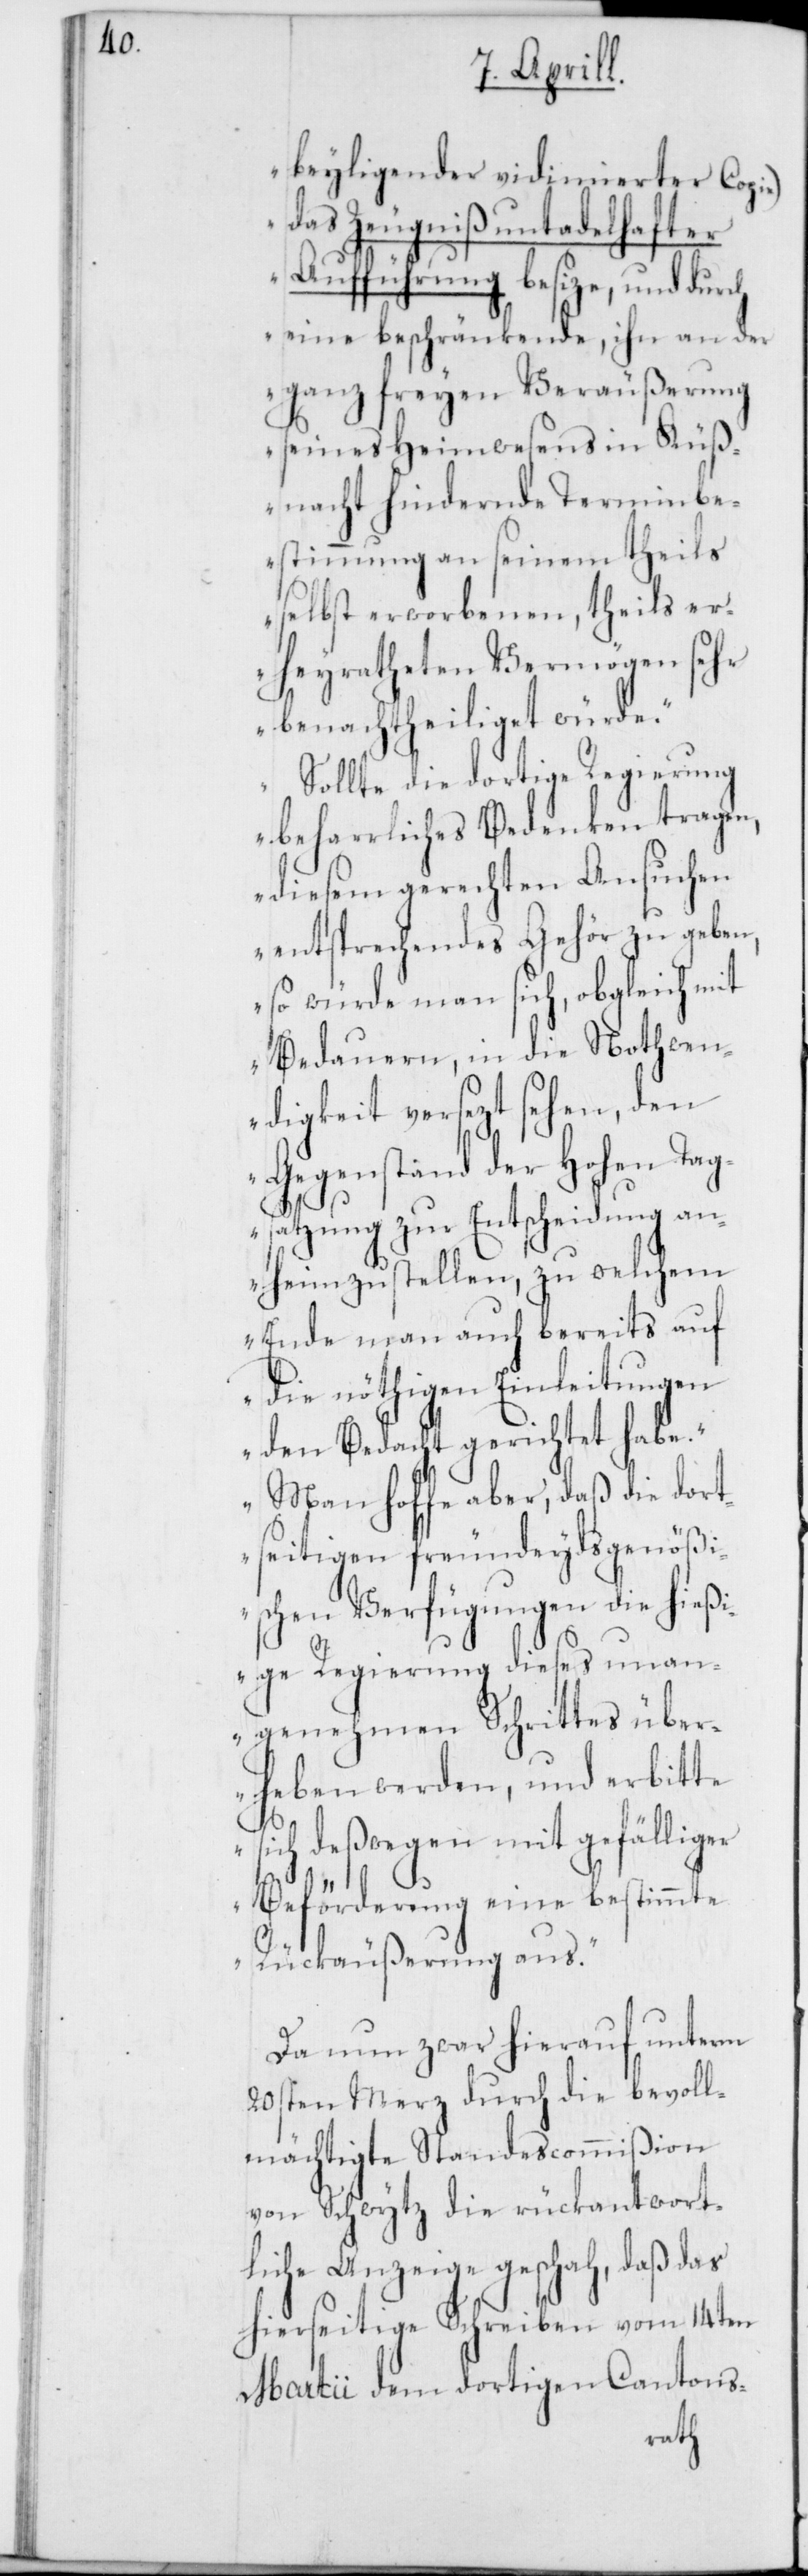
beyliegender vidimierter Copie)
das Zeugniß untadelhafter
Aufführung besize, und durch
eine beschränkende, ihn an der
ganz freyen Veräußerung
seines Heymwesens in Küß¬
nacht hindernde Terminbe¬
stimmung an seinem theils
selbst erworbenen, theils er¬
heyratheten Vermögen sehr
benachtheiliget würde.“
„Sollte die dortige Regierung
beharrliches Bedenken tragen,
diesem gerechten Ansuchen
entsprechendes Gehör zu geben,
so würde man sich, obgleich mit
Bedauern, in die Nothwen¬
digkeit versezt sehen, den
Gegenstand der Hohen Tag¬
satzung zur Entscheidung an¬
heim zu stellen, zu welchem
Ende man auch bereits auf
die nöthigen Einleitungen
den Bedacht gerichtet habe.“
„Man hoffe aber, daß die dort¬
seitigen freundeydsgenößi¬
schen Verfügungen die hieß¬
ige Regierung dieses unan¬
genehmen Schrittes über¬
heben werden, und erbitte
sich deßwegen mit gefälliger
Beförderung eine bestimmte
Rückäußerung aus“.
Da nun zwar hierauf unterm
20sten Merz durch die bevoll¬
mächtigte Standescommißion
von Schwytz die rückantwort¬
liche Anzeige geschah, daß das
hierseitige Schreiben vom 14ten
Martii dem dortigen Cantons-